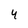
Character: 4